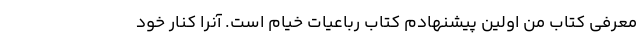
معرفی کتاب من اولین پیشنهادم کتاب رباعیات خیام است. آنرا کنار خود